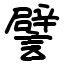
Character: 譬